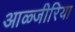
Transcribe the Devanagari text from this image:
आळ्जीरिया